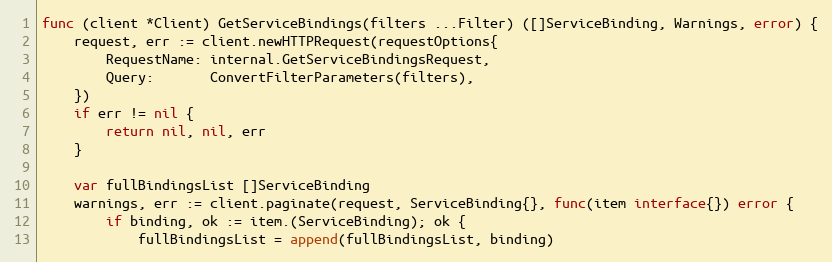
Language: Go
func (client *Client) GetServiceBindings(filters ...Filter) ([]ServiceBinding, Warnings, error) {
	request, err := client.newHTTPRequest(requestOptions{
		RequestName: internal.GetServiceBindingsRequest,
		Query:       ConvertFilterParameters(filters),
	})
	if err != nil {
		return nil, nil, err
	}

	var fullBindingsList []ServiceBinding
	warnings, err := client.paginate(request, ServiceBinding{}, func(item interface{}) error {
		if binding, ok := item.(ServiceBinding); ok {
			fullBindingsList = append(fullBindingsList, binding)